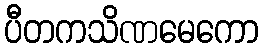
ပီတကသိဏမေကော